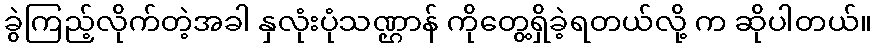
ခွဲကြည့်လိုက်တဲ့အခါ နှလုံးပုံသဏ္ဌာန် ကိုတွေ့ရှိခဲ့ရတယ်လို့ က ဆိုပါတယ်။